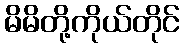
မိမိတို့ကိုယ်တိုင်